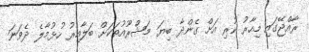
ރާއްޖޭގައި މިހާރު ކުރި އަށް ގެންދާ ބިޔަ މަޝްރޫއުތަކަށް ބަލާއިރު ހުޅުމާލެ ދެވަނަ